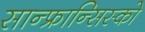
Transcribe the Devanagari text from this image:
सान्फ्रान्सिस्को